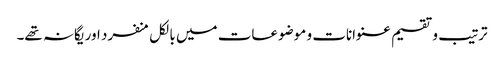
ترتیب و تقسیم عنوانات و موضوعات میں بالکل منفرد اور یگانہ تھے۔